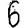
Digit: 6